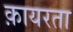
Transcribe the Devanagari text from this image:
क़ायरता